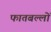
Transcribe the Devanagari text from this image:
फातबल्लों